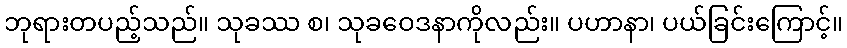
ဘုရားတပည့်သည်။ သုခဿ စ၊ သုခဝေဒနာကိုလည်း။ ပဟာနာ၊ ပယ်ခြင်းကြောင့်။